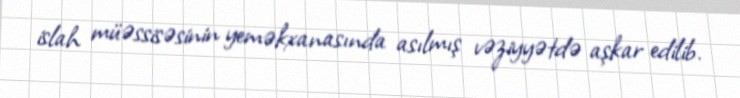
islah müəssisəsinin yeməkxanasında asılmış vəziyyətdə aşkar edilib.